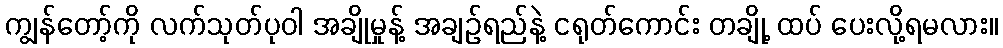
ကျွန်တော့်ကို လက်သုတ်ပုဝါ အချိုမှုန့် အချဉ်ရည်နဲ့ ငရုတ်ကောင်း တချို့ ထပ် ပေးလို့ရမလား။